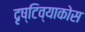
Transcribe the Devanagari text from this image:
दृष्टिव्याकोस